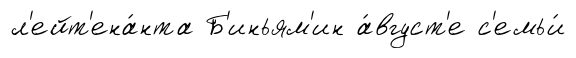
л'ейт'ена́нта Б'иньям'ин а́вгуст'е с'емьи́